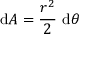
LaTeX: \mathrm { d } A = { \frac { r ^ { 2 } } { 2 } } \ \mathrm { d } \theta